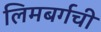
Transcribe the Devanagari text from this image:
लिमबर्गची